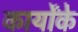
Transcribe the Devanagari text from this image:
कार्योंके